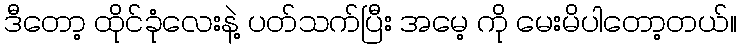
ဒီတော့ ထိုင်ခုံလေးနဲ့ ပတ်သက်ပြီး အမေ့ ကို မေးမိပါတော့တယ်။